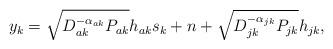
LaTeX: \begin{align*}{y_k} = \sqrt {D_{ak}^{ - {\alpha _{ak}}}{P_{ak}}} {h_{ak}}{s_k} + n + \sqrt {D_{jk}^{ - {\alpha _{jk}}}{P_{jk}}} {h_{jk}}, \end{align*}